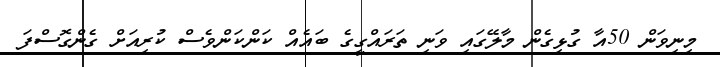
މިނިވަން 50އާ ގުޅިގެން މާލޭގައި ވަނި ތަރައްގީގެ ބައެއް ކަންކަންވެސް ކުރިއަށް ގެންގޮސްފަ